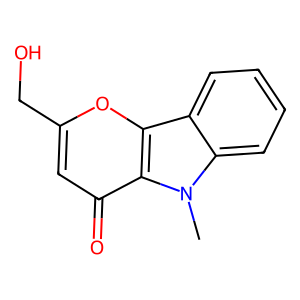
SMILES: Cn1c2ccccc2c2oc(CO)cc(=O)c21
Inhibits HIV replication: No